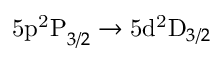
\mathrm { 5 p ^ { 2 } P } _ { 3 / 2 } \rightarrow \mathrm { 5 d ^ { 2 } D } _ { 3 / 2 }